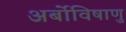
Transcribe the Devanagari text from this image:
अर्बोविषाणु